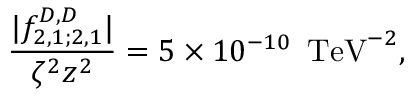
\frac { | f _ { 2 , 1 ; 2 , 1 } ^ { D , D } | } { \zeta ^ { 2 } z ^ { 2 } } = 5 \times 1 0 ^ { - 1 0 } \, \, \, \mathrm { T e V } ^ { - 2 } ,